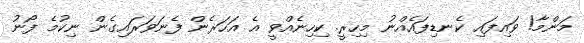
މަންމާ! ވައިފައި ކެނޑިފައެއްނު މިހިރީ. ކިހިނެއްވީ އެ އަހަރެން ފެނަވަރައިގެން ނިކުމެ ފޯނު